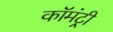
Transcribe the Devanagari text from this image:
कॉमंट्री